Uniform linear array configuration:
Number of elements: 16
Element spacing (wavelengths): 1
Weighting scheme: cosine
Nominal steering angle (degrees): -45
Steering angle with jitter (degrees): -46.823
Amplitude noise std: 0.05
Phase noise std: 0.05

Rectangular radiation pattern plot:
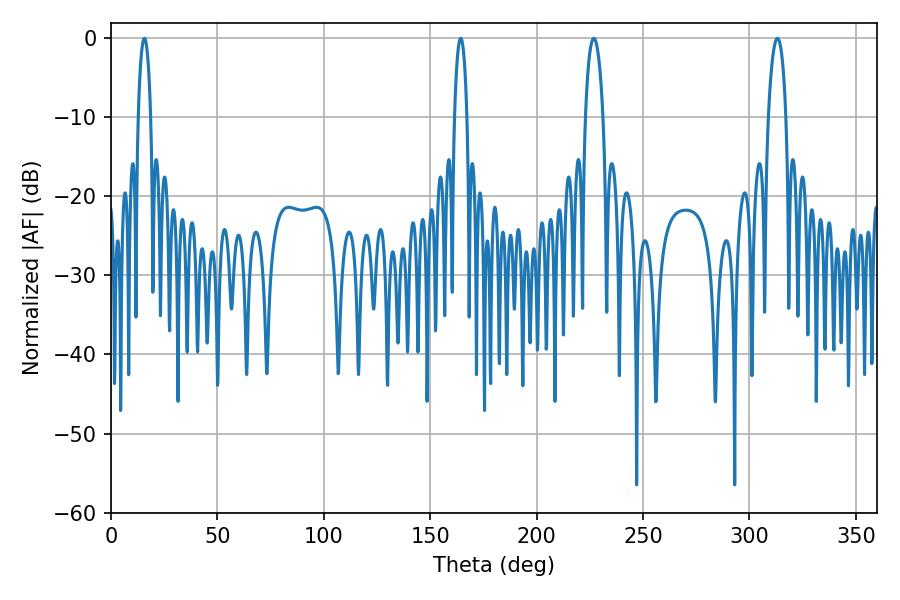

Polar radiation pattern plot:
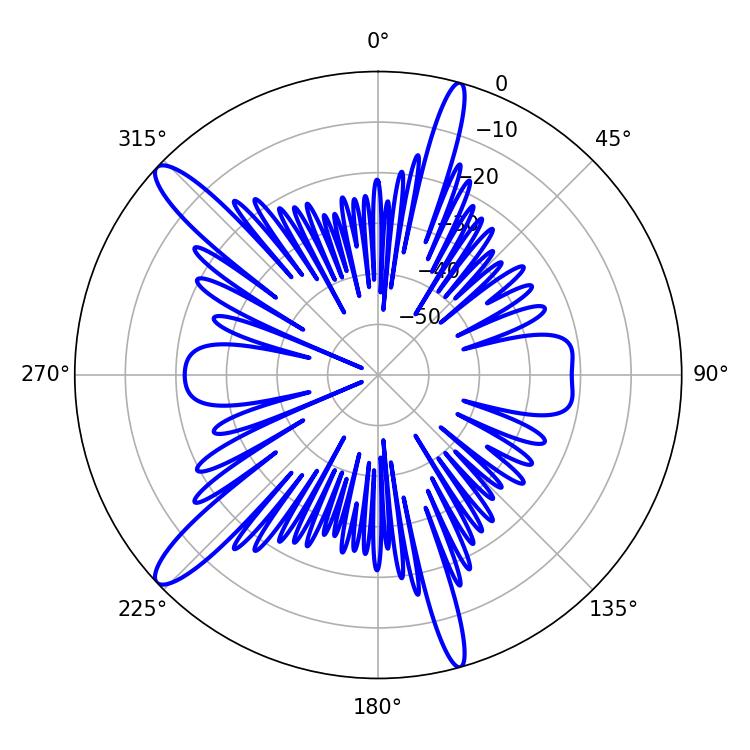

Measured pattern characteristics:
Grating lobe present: TRUE
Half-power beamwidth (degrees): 3.24
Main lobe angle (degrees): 15.66